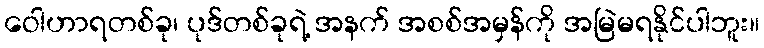
ဝေါဟာရတစ်ခု၊ ပုဒ်တစ်ခုရဲ့ အနက် အစစ်အမှန်ကို အမြဲမရနိုင်ပါဘူး။